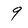
Character: 9